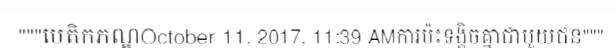
"""បេតិកភណ្ឌOctober 11, 2017, 11:39 AMការប៉ះទង្គិចគ្នាជាមួយជន"""